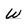
Character: w